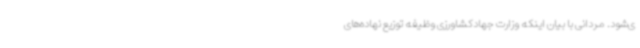
ی‌شود. مردانی با بیان اینکه وزارت جهادکشاورزی وظیفه توزیع نهاده‌های